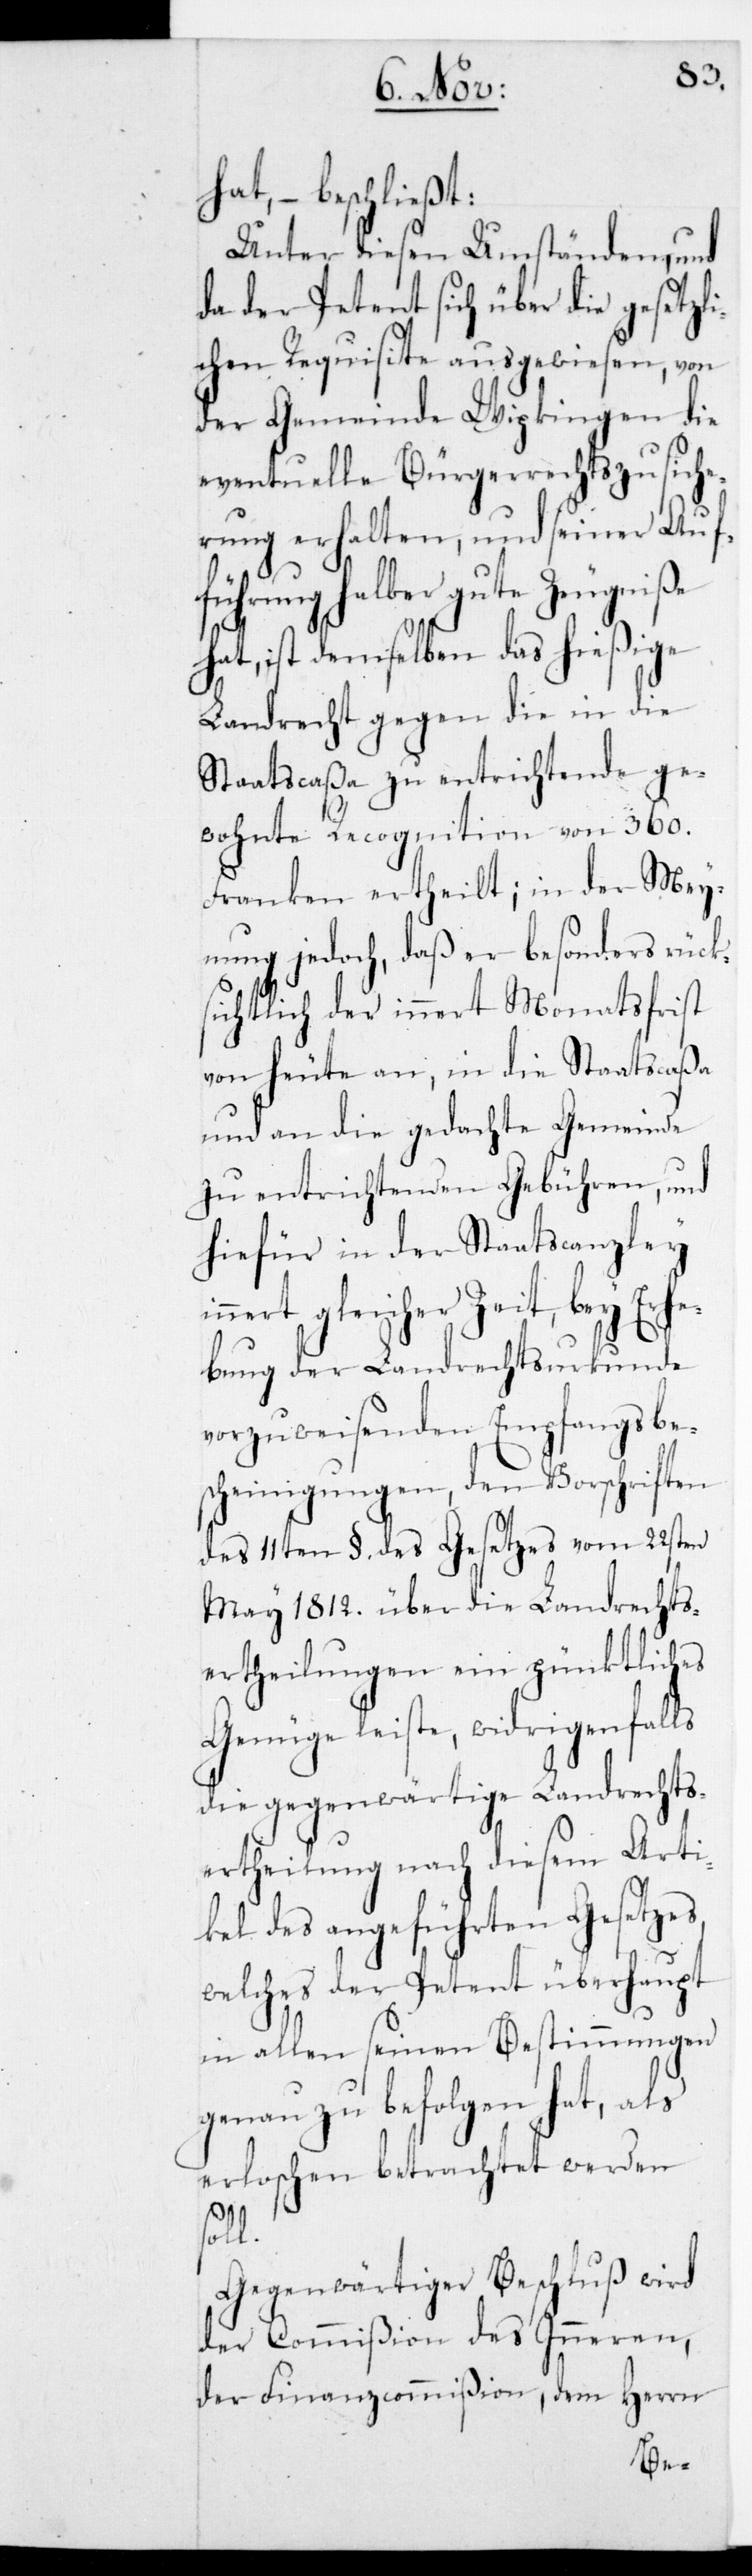
hat, – beschließt:
Unter diesen Umständen und
da der Petent sich über die ges¬
chen Requisite ausgewie¬
der Gemeinde Wipkingen die
eventuelle Bürgerrechtsz¬
rung erhalten, und seiner Auf¬
führung halber gute Zeug¬
hat, ist demselben das hießige
i¬
Landrecht gegen die
Staatscaßa zu entr¬
wohnte Recognition
Franken ertheilt;
nung jedoch, daß er besonders
ichtlich der innert
die
von heute an, in die
und an die gedachte
vom
zu entrichtenden Geb¬
hiefür in der Staatscan¬
nnert gleicher Ze¬
bung der Landrechtsur¬
gsbe¬
vorzuweisenden
heinigungen, den
des 11ten §.. des Gesetz¬
May 1812. über die Landrechts¬
ls
ertheilungen
fal¬
Genüge leiste, widri¬
die gegenwärtige Landrechts¬
ertheilung nach diesem Arti¬
kel des angeführten Gesetzes,
fan¬
welches der Petent
in allen seinen Bestimmungen
genau zu befolgen hat, als
erloschen betrachtet werden
soll.
Gegenwärtiger Beschluß wird
der Commißion des Inneren,
der Finanzcommißion, dem Herrn
Erhe¬